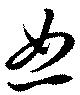
恕